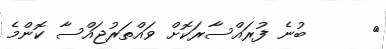
١      ބުނެ ފުރައްސާރަކޮށް ވައްތަރުޖައްސާ ކޮންމެ